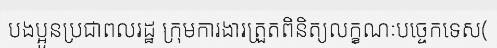
បងប្អូនប្រជាពលរដ្ឋ ក្រុមការងារត្រួតពិនិត្យលក្ខណៈបច្ចេកទេស(